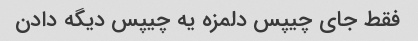
فقط جای چیپس دلمزه یه چیپس دیگه دادن